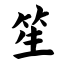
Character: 笙